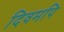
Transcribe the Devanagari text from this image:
दिवमपि